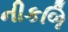
નીકળિ